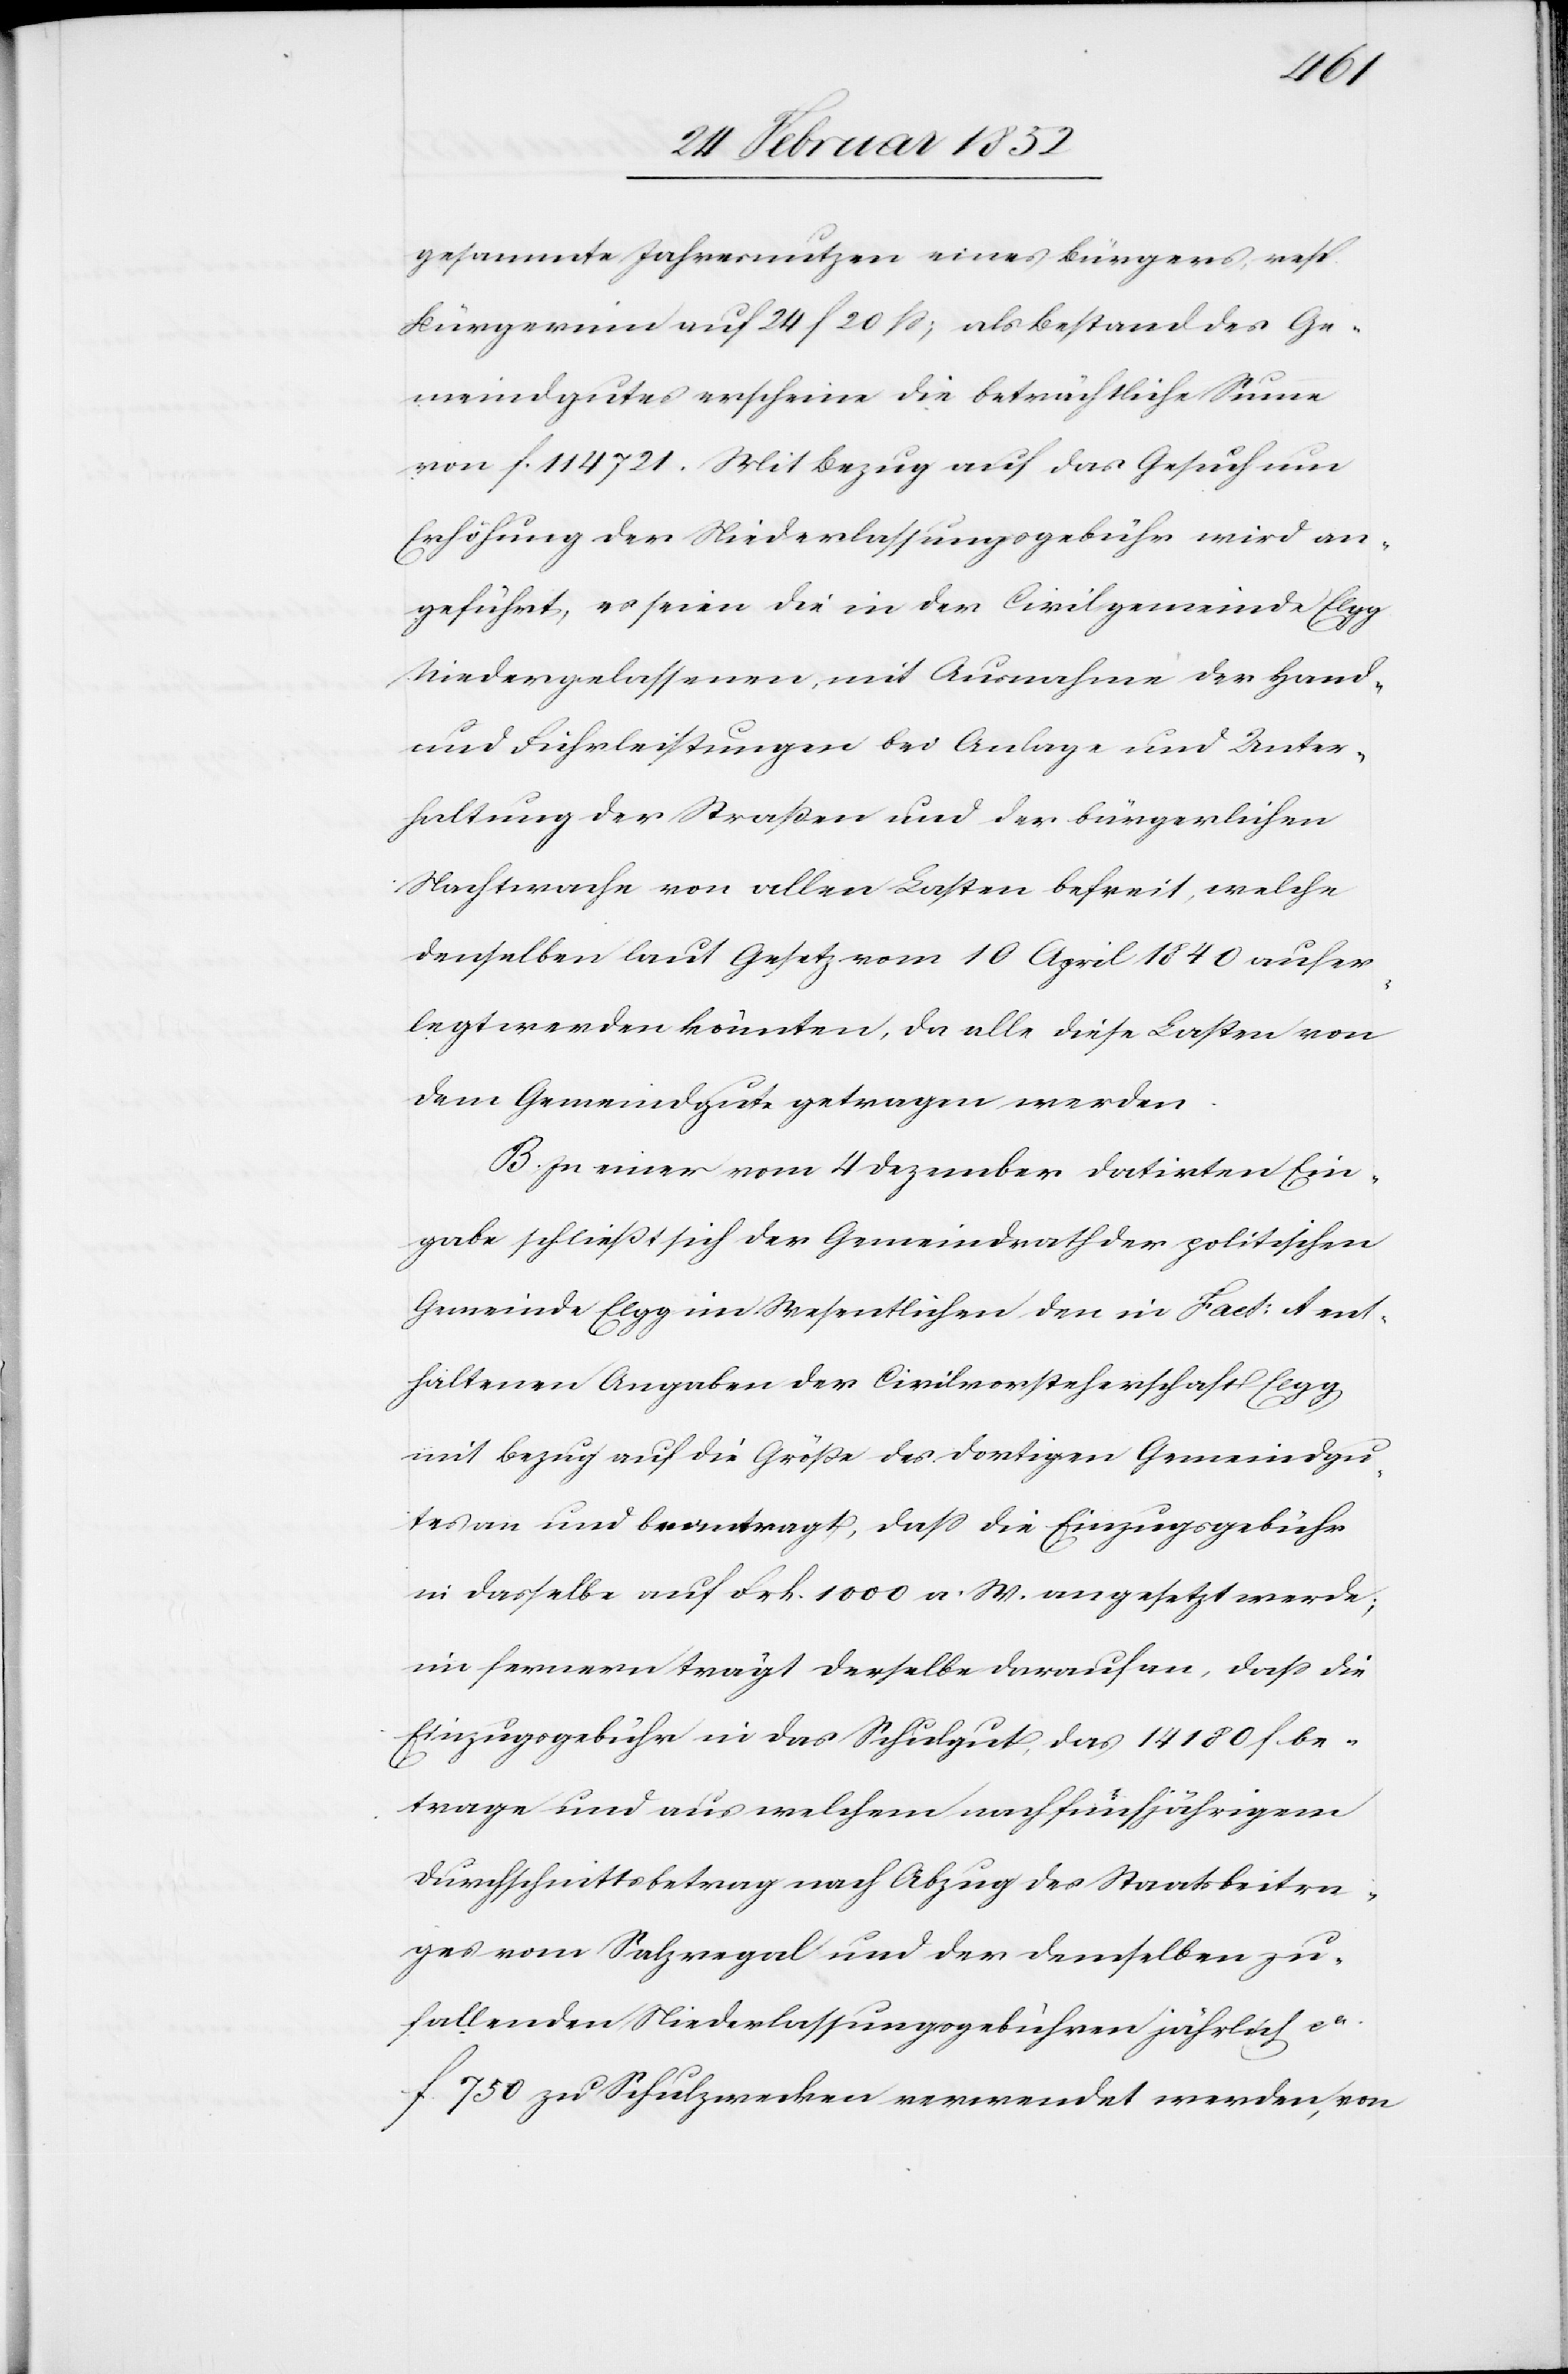
gesammte Jahresnutzen eines Bürgers, resp.
Bürgerinn auf 24 f 20 ß; als Bestand des Ge¬
meindgutes erscheine die beträchtliche Summe
von f. 114 721. Mit Bezug auf das Gesuch um
Erhöhung der Niederlassungsgebühr wird an¬
geführt, es seien die in der Civilgemeinde Elgg
Niedergelassenen, mit Ausnahme der Hand-
und Fuhrleistungen bei Anlage und Unter¬
haltung der Straßen und der bürgerlichen
Nachtwache von allen Lasten befreit, welche
denselben laut Gesetz vom 10 April 1840 aufer¬
legt werden könnten, da alle diese Lasten von
dem Gemeindgute getragen werden.
B. In einer vom 4 Dezember datirten Ein¬
gaben schließt sich der Gemeindrath der politischen
Gemeinde Elgg im Wesentlichen den in Fact: A ent¬
haltenen Angaben der Civilvorsteherschaft Elgg
mit Bezug auf die Größe des dortigen Gemeindgu¬
tes an und beantragt, daß die Einzugsgebühr
in dasselbe auf Frk. 1000 a. W. angesetzt werde,
im fernern trägt derselbe darauf an, daß die
Einzugsgebühr in das Schulgut, das 14 180 f. be¬
trage und aus welchem nach fünfjährigem
Durchschnittsbetrag nach Abzug des Staatsbeitra¬
ges vom Salzregal und der demselben zu¬
fallenden Niederlassungsgebühren jährlich ca
f 750 zu Schulzwecken verwendet werden, von